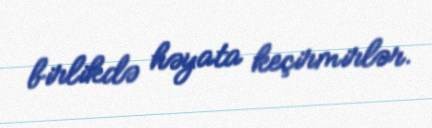
birlikdə həyata keçirmirlər.